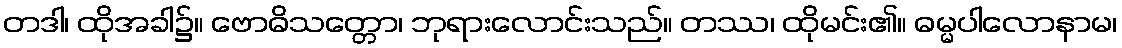
တဒါ၊ ထိုအခါ၌။ ဗောဓိသတ္တော၊ ဘုရားလောင်းသည်။ တဿ၊ ထိုမင်း၏။ ဓမ္မပါလောနာမ၊